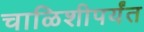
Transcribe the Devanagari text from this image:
चाळिशीपर्यंत